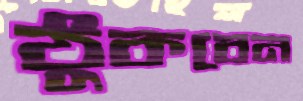
ঠুকবেন